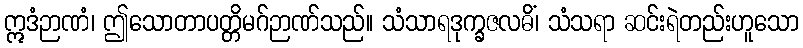
ဣဒံဉာဏံ၊ ဤသောတာပတ္တိမဂ်ဉာဏ်သည်။ သံသာရဒုက္ခဇလဓိံ၊ သံသရာ ဆင်းရဲတည်းဟူသော